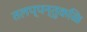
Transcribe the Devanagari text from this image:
तलप्पन्तुकळि